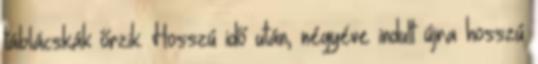
táblácskák őrzik. Hosszú idő után, négyéve indult újra hosszú